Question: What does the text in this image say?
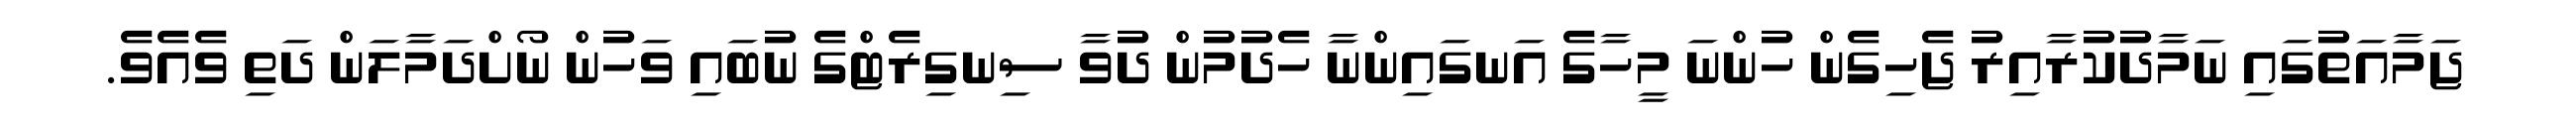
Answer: ޖަމާއަތުގައި ނަމާދުކުރާއިރު ޖެހިގެން ހުންނަ މީހާގެ އަނގައިންނާ ހެދުމުން ދުވާ ސިނގިރެޓްގެ ނުބައި ވަހުން ނޯށްދަމާލަން ދަތި ވެއެވެ.